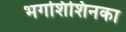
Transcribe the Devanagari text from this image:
भगशिशिनका